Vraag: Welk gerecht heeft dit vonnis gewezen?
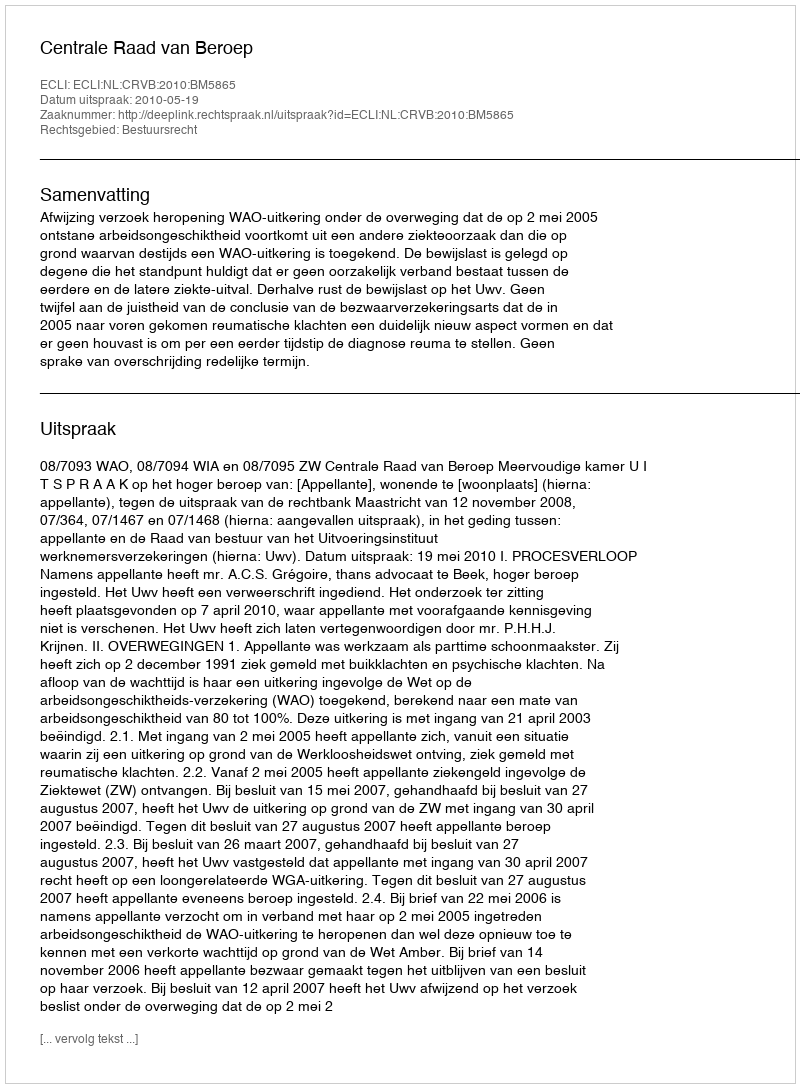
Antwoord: Centrale Raad van Beroep